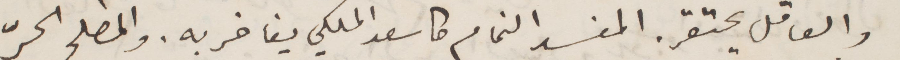
والعاقل يحتقر. المفسد النمام ... الملكي يفاخر به. والمصلح الحرّ